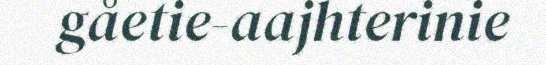
gåetie-aajhterinie